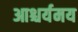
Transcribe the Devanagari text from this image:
आश्चर्यमय